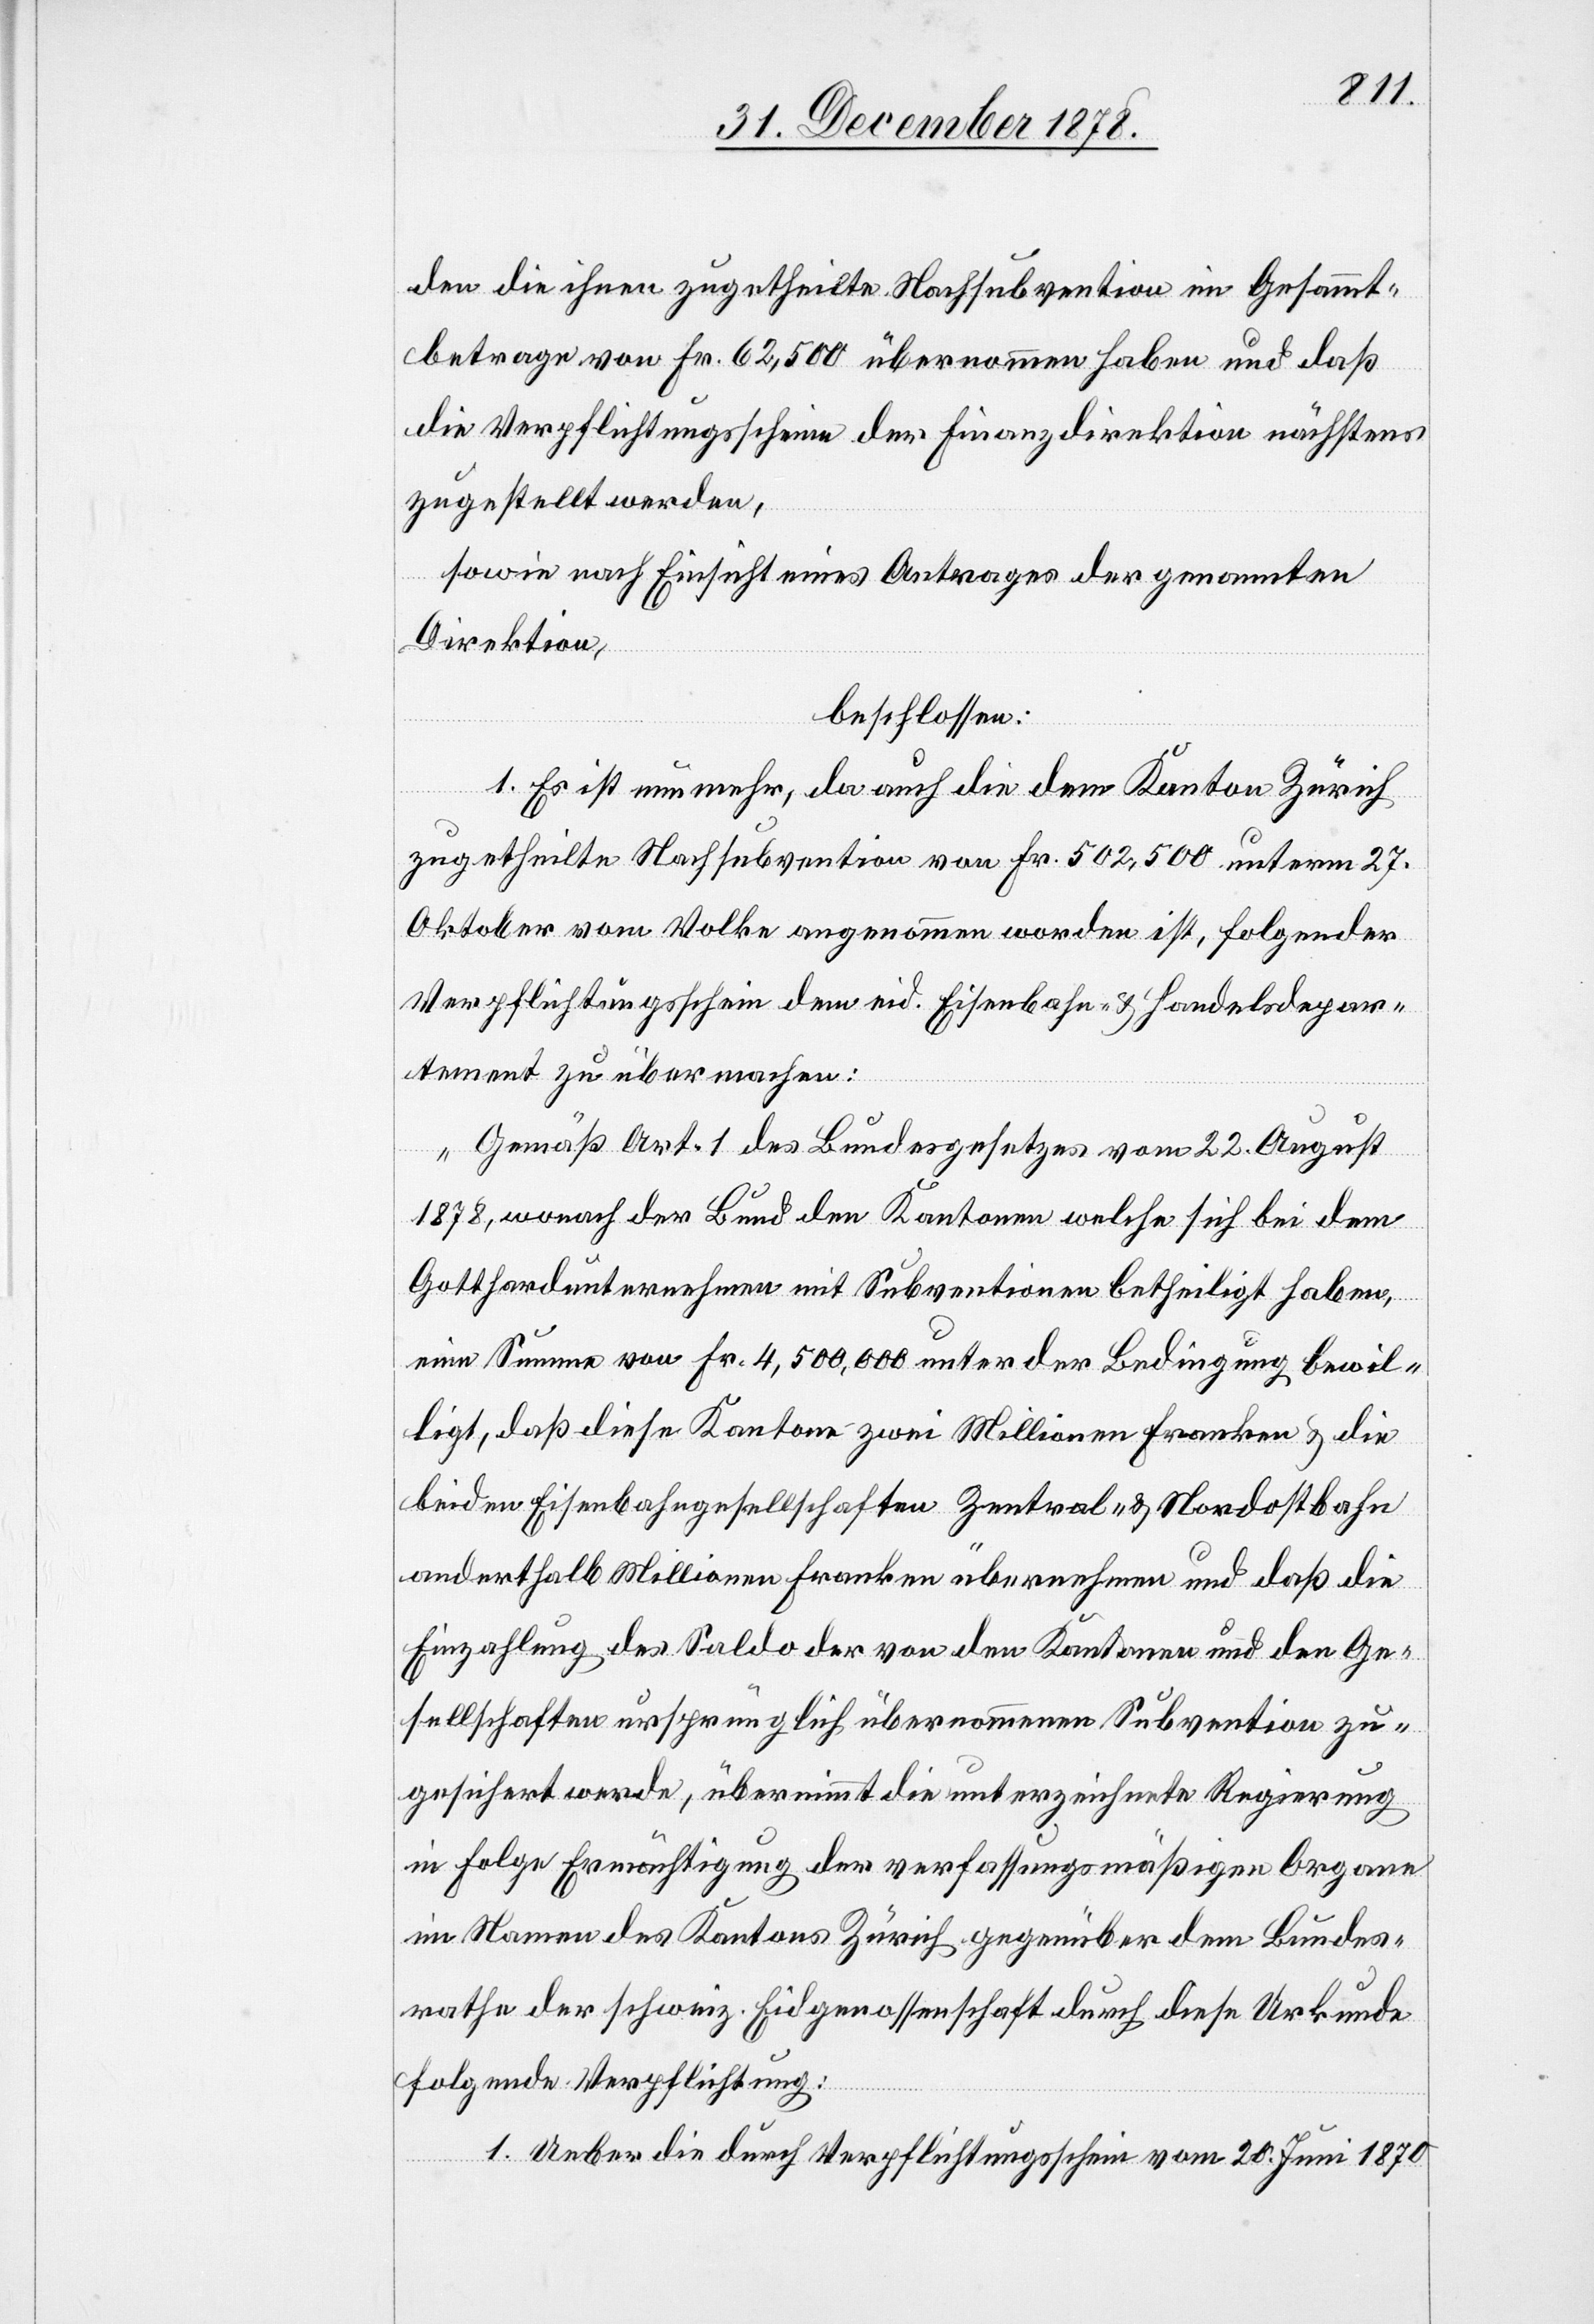
den die ihnen zugetheilte Nachsubvention im Gesammt¬
betrage von Fr. 62,500 übernommen haben und daß
die Verpflichtungsscheine der Finanzdirektion nächstens
zugestellt werden,
sowie nach Einsicht eines Antrages der genannten
Direktion,
beschlossen:
1. Es ist nunmehr, da auch die dem Kanton Zürich
zugetheilten Nachsubvention von Fr. 502,500 unterm 27.
Oktober vom Volke angenommen worden ist, folgender
Verpflichtungsschein dem eid. Eisenbahn- & Handelsdepar¬
tement zu übermachen:
„Gemäß Art. 1 des Bundesgesetzes vom 22. August
1878, wonach der Bund den Kantonen welche sich bei dem
Gotthardunternehmen mit Subventionen betheiligt haben,
eine Summe von Fr. 4,500,000 unter der Bedingung bewil¬
ligt, daß diese Kantone zwei Millionen Franken & die
beiden Eisenbahngesellschaften Zentral- & Nordostbahn
anderthalb Millionen Franken übernehmen und daß die
Einzahlung des Saldo der von den Kantonen und den Ge¬
sellschaften ursprünglich übernommene Subvention zu¬
gesichert werde, übernimmt die unterzeichnete Regierung
in Folge Ermächtigung der verfassungsmäßigen Organe
im Namen des Kantons Zürich gegenüber dem Bundes¬
rathe der schweiz. Eidgenossenschaft durch diese Urkunde
folgende Verpflichtung:
1. Ueber die durch Verpflichtungsschein vom 20. Juni 1870